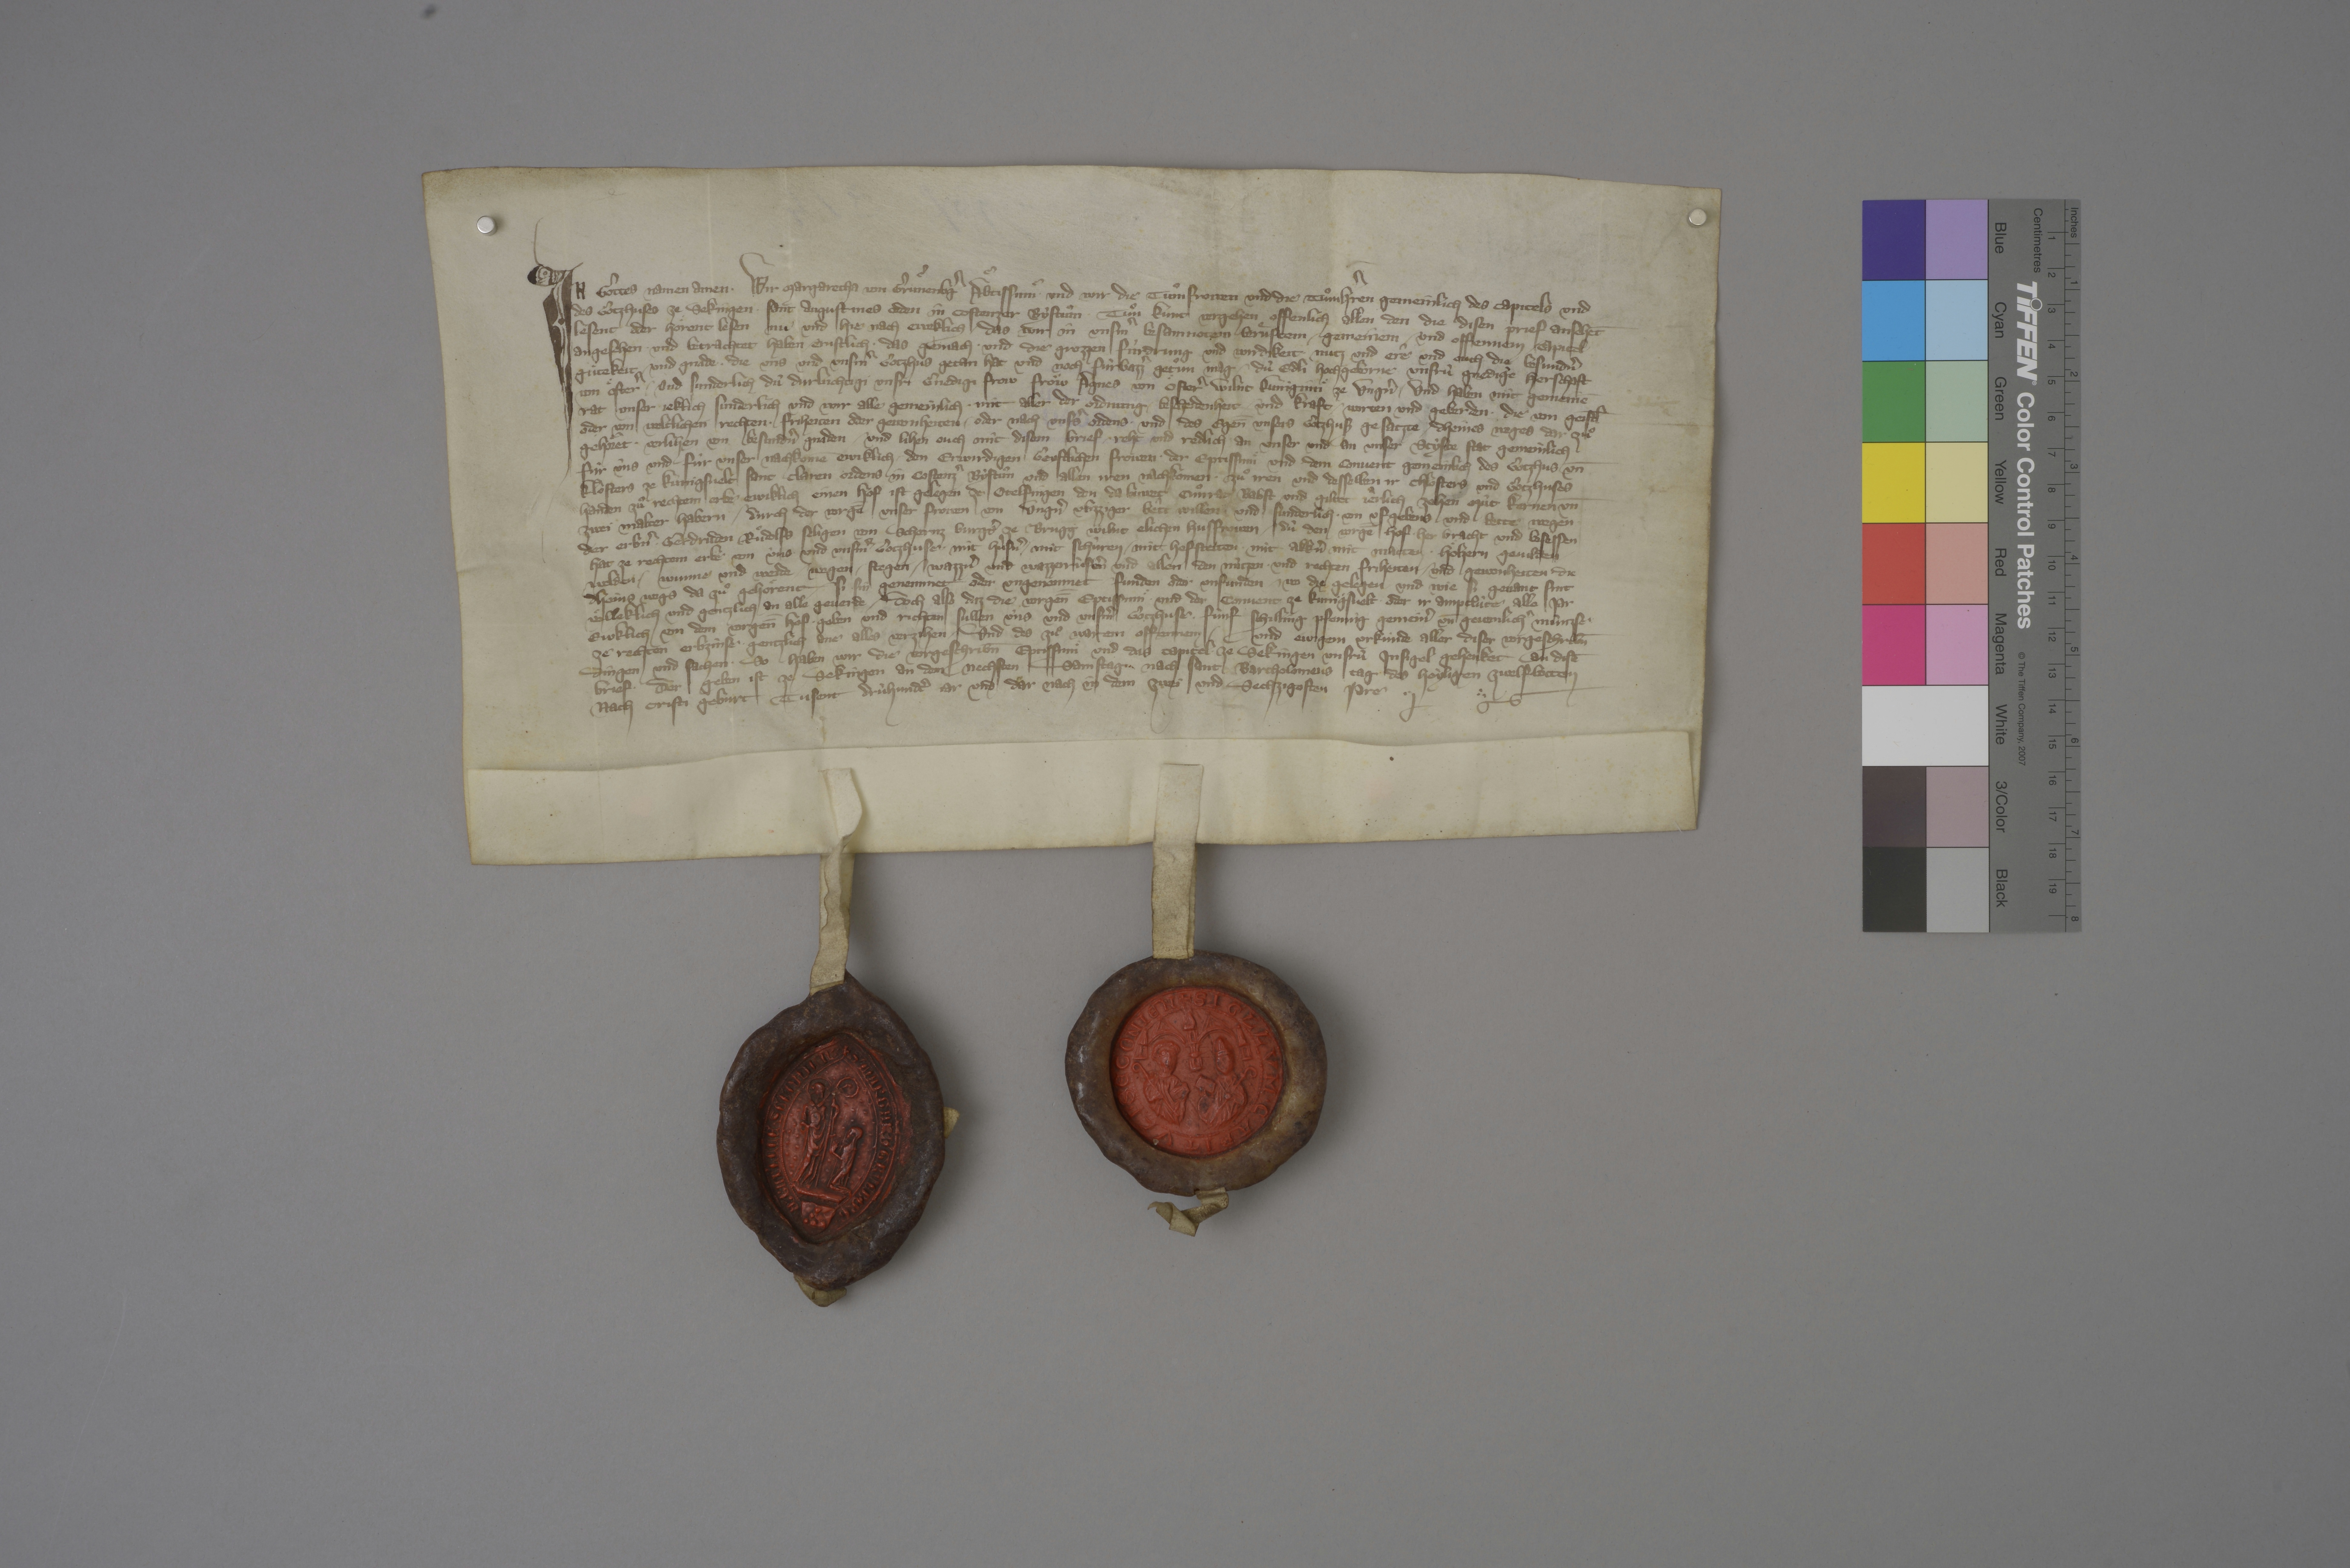
Transcription:
In gottes namen amen. ✳ wir, Margaretha von Gruͤnenbgˀ, aͤbtissinnͤ, ✳ und wir, die tuͦm frowen und die tuͦmhˀren gemeinlich des capitels und
des gotzhuses ze Sekingen, ✳ Sant Augustines orden, in Costenzer bystuͦm, ✳ tuͦn kunt, vergehen offenlich allen den, die disen prief ansehēt,
lesent oder hoͤrent lesen nu und hie nach eweklich, ✳ das wir in unsmˀ besamnotem, beruͤftem, ✳ gemeinem und offennem capitel
angesehen ✳ und betrachtet haben ernstlich ✳ das gemach ✳ und die grozzen fùrdrung und wirdikeit, ✳ nutz und erê und ouch die besundnˀ
guͤtekeit und gnade, ✳ die uns und unsmˀ gotzhus getan hat und noch fùrbazzˀ getuͦn mag ✳ dù edli, hochgeborne unsrù gnedige herschaft
von Oͤsterˀ ✳ und sunderlich dù durluchtigi unsri gnedigi frow, froͧw Agnes von Oͤsterˀ, wilnt kuniginnͤ ze Ungnˀ, ✳ und haben mit gemeinē
rat unser jeklich sunderlich und wir alle gemeinlich ✳ mit aller der ordnung, ✳ bescheidenheit ✳ und kraft, ✳ worten und geberden, ✳ die von geistl̄
oder von weltlichen rechten, ✳ friheiten oder gewonheiten ✳ oder nach unssˀ ordens ✳ und des egen̄̄ unsers gotzhusz gesatzte ✳ dheines weges dar zuͦ
gehoͤret, ✳ verlihen von besundnˀ gnaden ✳ und lihen ouch mit disem brief ✳ reht und redlich an unser und an unser styfte stat gemeinlich
fùr ùns und fùr unser nachkomē ewiklich ✳ den erwirdigen, geystlichen frowen, ✳ der eptissinnͤ und dem convent gemeinlich des gotzhus un̄
klosters ze Kunigsvelt, Sant Claren ordens, in Costenzˀ bystuͦm, und allen iren nachkomen ✳ zuͦ iren und desselben ir chlosters und gotzhuses
handen zuͦ rechtem erbe ewiklich einen hof, ist gelegen ze Otelfingen, den da buwet Cuͦnrat Babst und giltet jeͣrlich zehen mùt kernen un̄
zwei malter habern, ✳ durch der vorgē̄ unser frowen von Ungnˀ vlizziger bêtt willen und sunderlich ✳ von ufgebens und bette wegen
der erbnˀ ✳ Gerdruden, Ruͦdolfs, seligen, von Schernz, burgsˀ ze Brugg, wilnt elichen husfrowen, ✳ dù den vorgē̄ hof ✳ her bracht und besessen
hat ze rechtem erbe von ùns und unsmˀ gotzhuse ✳ mit hùsnˀ, ✳ mit schùren, ✳ mit hofstetten, ✳ mit akknˀ, mit matten, ✳ hoͤlzern, gevilden, ✳
welden, ✳ wunne und weide, ✳ wegen, ✳ stegen, ✳ wazznˀ und wazzerrùsenˀ und allen den nùtzen ✳ und rechten, friheiten ✳ und gewonheiten, ✳ die
dheins wegs da zuͦ gehoͤrent, ✳ si sin genemmet oder ungenemmet, ✳ funden oder unfunden, ✳ wo die gelegen ✳ und wie si genant sint,
voͤlleklich und gentzlich an alle geverde, ✳ doch also, daz die vorgen̄̄ eptissinnͤ und der convent ze Kunigsvelt ✳ oder ir amptlùte alle jar
ewklich von dem vorgen̄̄ hof ✳ geben und richten sullen ùns und unsmˀ gotzhuse ✳ fùnf schilling pfennig gemeinˀ un̄ gewonlichˀ mùnzse
ze rechten erbzinse ✳ gentzlich ane alles verzihen. ✳ und des zuͦ warem, offennem und ewigem urkùnde aller diser vorgeschrib̄n
dingen und sachen, ✳ so haben wir, die vorgeschrib̄n eptissinnͤ und das capitel ze Sekingen, unsrù insigel gehenket an disē
brief, ✳ der geben ist ze Sekingen an dem nechsten samstag nach sant Bartholomeus tag, des heyligen zwelfbotten,
nach Cristi geburt tusent drùhundtˀ jar und dar nach in dem zwei und sechzigosten jare. ✳